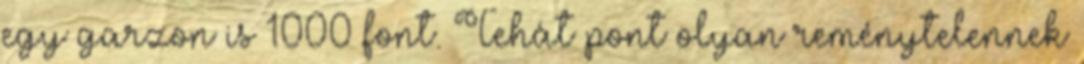
egy garzon is 1000 font. Tehát pont olyan reménytelennek